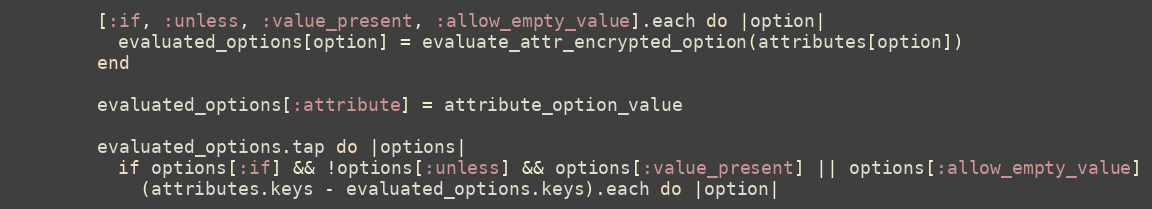
Language: Ruby
        [:if, :unless, :value_present, :allow_empty_value].each do |option|
          evaluated_options[option] = evaluate_attr_encrypted_option(attributes[option])
        end

        evaluated_options[:attribute] = attribute_option_value

        evaluated_options.tap do |options|
          if options[:if] && !options[:unless] && options[:value_present] || options[:allow_empty_value]
            (attributes.keys - evaluated_options.keys).each do |option|